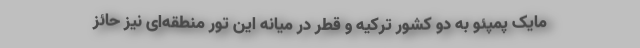
مایک پمپئو به دو کشور ترکیه و قطر در میانه این تور منطقه‌ای نیز حائز